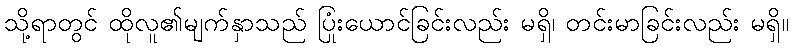
သို့ရာတွင် ထိုလူ၏မျက်နှာသည် ပြုံးယောင်ခြင်းလည်း မရှိ၊ တင်းမာခြင်းလည်း မရှိ။